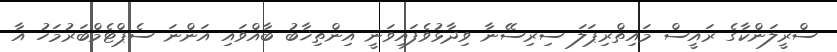
ސްރީލަންކާގެ ރައީސް މައިތްރިޕަލަ ސިރިސޭނާ ވިދާޅުވެފައިވަނީ އިންތިޚާބު ބާއްވައި އަންނަ ސެޕްޓެމްބަރުމަހު އާ